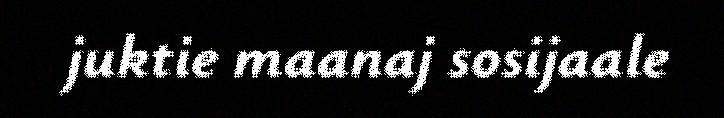
juktie maanaj sosijaale